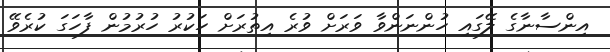
އިންސާނާގެ ލޭގައި ހުންނަންވާ ވަރަށް ވުރެ އިތުރަށް ހަކުރު ހުރުމުން ފާހަގަ ކުރެވޭ